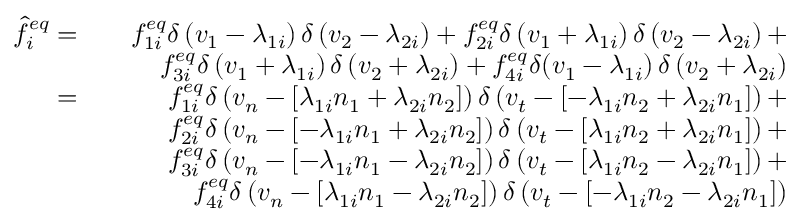
\begin{array} { r l r } { \hat { f } _ { i } ^ { e q } = } & { } & { f _ { 1 i } ^ { e q } \delta \left( v _ { 1 } - \lambda _ { 1 i } \right) \delta \left( v _ { 2 } - \lambda _ { 2 i } \right) + f _ { 2 i } ^ { e q } \delta \left( v _ { 1 } + \lambda _ { 1 i } \right) \delta \left( v _ { 2 } - \lambda _ { 2 i } \right) + } \\ & { } & { f _ { 3 i } ^ { e q } \delta \left( v _ { 1 } + \lambda _ { 1 i } \right) \delta \left( v _ { 2 } + \lambda _ { 2 i } ) + f _ { 4 i } ^ { e q } \delta ( v _ { 1 } - \lambda _ { 1 i } \right) \delta \left( v _ { 2 } + \lambda _ { 2 i } \right) } \\ { = } & { } & { f _ { 1 i } ^ { e q } \delta \left( v _ { n } - \left[ \lambda _ { 1 i } n _ { 1 } + \lambda _ { 2 i } n _ { 2 } \right] \right) \delta \left( v _ { t } - \left[ - \lambda _ { 1 i } n _ { 2 } + \lambda _ { 2 i } n _ { 1 } \right] \right) + } \\ & { } & { f _ { 2 i } ^ { e q } \delta \left( v _ { n } - \left[ - \lambda _ { 1 i } n _ { 1 } + \lambda _ { 2 i } n _ { 2 } \right] \right) \delta \left( v _ { t } - \left[ \lambda _ { 1 i } n _ { 2 } + \lambda _ { 2 i } n _ { 1 } \right] \right) + } \\ & { } & { f _ { 3 i } ^ { e q } \delta \left( v _ { n } - \left[ - \lambda _ { 1 i } n _ { 1 } - \lambda _ { 2 i } n _ { 2 } \right] \right) \delta \left( v _ { t } - \left[ \lambda _ { 1 i } n _ { 2 } - \lambda _ { 2 i } n _ { 1 } \right] \right) + } \\ & { } & { f _ { 4 i } ^ { e q } \delta \left( v _ { n } - \left[ \lambda _ { 1 i } n _ { 1 } - \lambda _ { 2 i } n _ { 2 } \right] \right) \delta \left( v _ { t } - \left[ - \lambda _ { 1 i } n _ { 2 } - \lambda _ { 2 i } n _ { 1 } \right] \right) } \end{array}